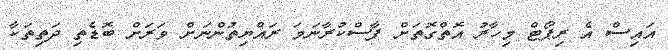
އައިސް އެ ރިޕޯޓް މިހާރު އޮތްގޮތަށް ފާސްކުރާނަމަ ރައްޔިތުންނަށް ވަރަށް ބޮޑެތި ދަތިތަކާ